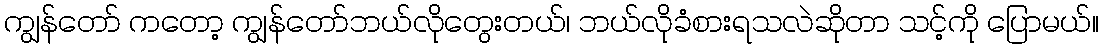
ကျွန်တော် ကတော့ ကျွန်တော်ဘယ်လိုတွေးတယ်၊ ဘယ်လိုခံစားရသလဲဆိုတာ သင့်ကို ပြောမယ်။